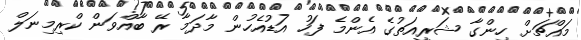
މައްޗަށް ހިންގާ ޝަރީއަތުގެ އެންމެ ފަހު އަޑުއެހުން މާދަމާ ރޭ ބާއްވަން ކްރިމިނަލް